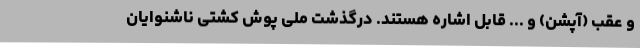
و عقب (آپشن) و ... قابل اشاره هستند. درگذشت ملی پوش کشتی ناشنوایان